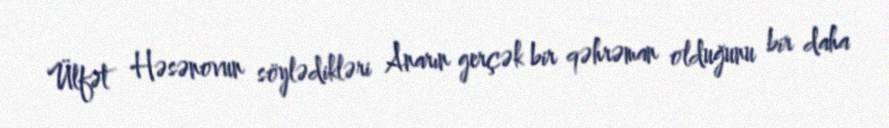
Ülfət Həsənovun söylədikləri Anarın gerçək bir qəhrəman olduğunu bir daha